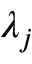
\lambda _ { j }